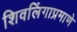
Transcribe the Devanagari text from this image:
शिवलिंगाप्रमाणे